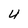
Character: 4